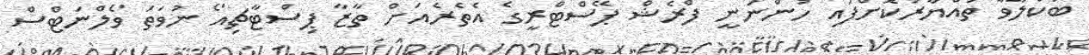
ބަކްލާވާ ތައްޔާރުކޮށްފައި ހުންނަނީ ފްރެޝް ޕޭސްޓްރީގެ އެތެރެއަށް ތާޒާ ޕިސްޓާޗިއޯ ނުވަތަ ވޯލްނަޓްސް